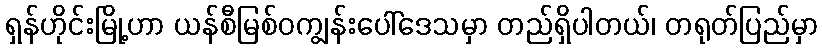
ရှန်ဟိုင်းမြို့ဟာ ယန်စီမြစ်ဝကျွန်းပေါ်ဒေသမှာ တည်ရှိပါတယ်၊ တရုတ်ပြည်မှာ